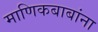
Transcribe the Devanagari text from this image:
माणिकबाबांना